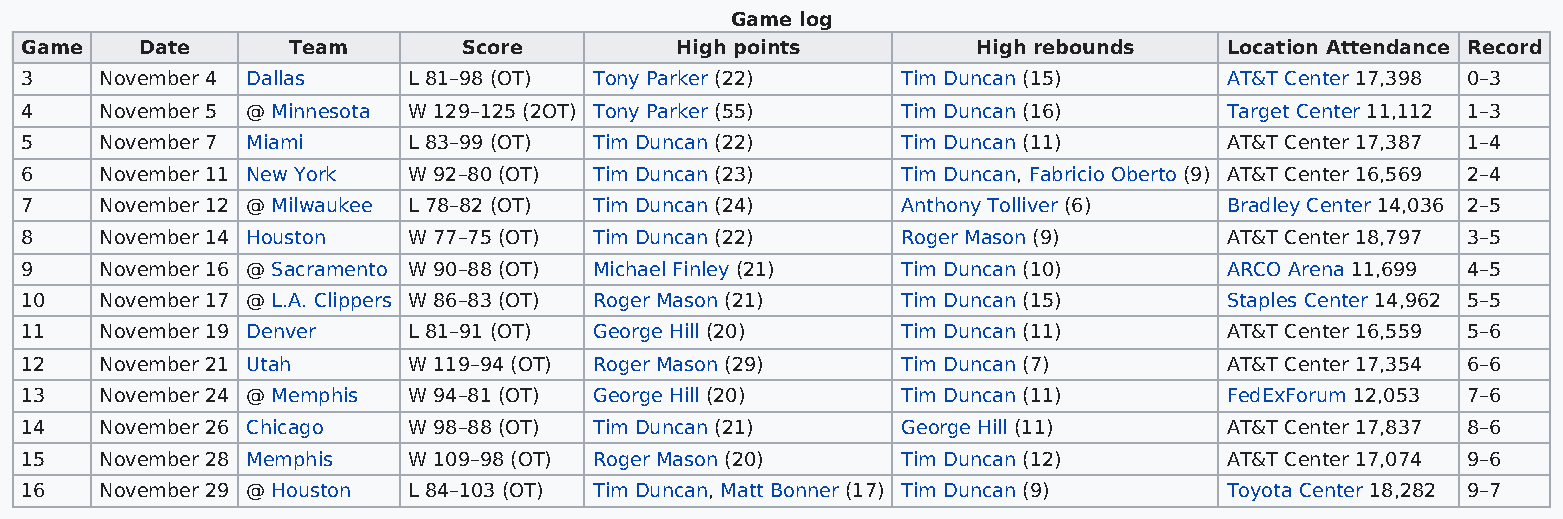
Game log
 Game    Date      Team        Score         High points         High rebounds   Location Attendance Record
 3     November 4 Dallas   L 81–98 (OT) Tony Parker (22)    Tim Duncan (15)      AT&T Center 17,398 0–3
 4     November 5 @ Minnesota W 129–125 (2OT) Tony Parker (55) Tim Duncan (16)   Target Center 11,112 1–3
 5     November 7 Miami    L 83–99 (OT) Tim Duncan (22)     Tim Duncan (11)      AT&T Center 17,387 1–4
 6     November 11 New York W 92–80 (OT) Tim Duncan (23)    Tim Duncan, Fabricio Oberto (9) AT&T Center 16,569 2–4
 7     November 12 @ Milwaukee L 78–82 (OT) Tim Duncan (24) Anthony Tolliver (6) Bradley Center 14,036 2–5
 8     November 14 Houston W 77–75 (OT) Tim Duncan (22)     Roger Mason (9)      AT&T Center 18,797 3–5
 9     November 16 @ Sacramento W 90–88 (OT) Michael Finley (21) Tim Duncan (10) ARCO Arena 11,699 4–5
 10    November 17 @ L.A. Clippers W 86–83 (OT) Roger Mason (21) Tim Duncan (15) Staples Center 14,962 5–5
 11    November 19 Denver  L 81–91 (OT) George Hill (20)    Tim Duncan (11)      AT&T Center 16,559 5–6
 12    November 21 Utah    W 119–94 (OT) Roger Mason (29)   Tim Duncan (7)       AT&T Center 17,354 6–6
 13    November 24 @ Memphis W 94–81 (OT) George Hill (20)  Tim Duncan (11)      FedExForum 12,053 7–6
 14    November 26 Chicago W 98–88 (OT) Tim Duncan (21)     George Hill (11)     AT&T Center 17,837 8–6
 15    November 28 Memphis W 109–98 (OT) Roger Mason (20)   Tim Duncan (12)      AT&T Center 17,074 9–6
 16    November 29 @ Houston L 84–103 (OT) Tim Duncan, Matt Bonner (17) Tim Duncan (9) Toyota Center 18,282 9–7